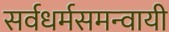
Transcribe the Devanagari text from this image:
सर्वधर्मसमन्‍वायी